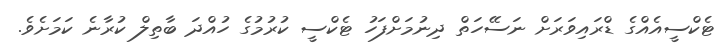
ޓެކްސީއެއްގެ ޑްރައިވަރަށް ނަސޭހަތް ދިނުމަށްފަހު ޓެކްސީ ކުރުމުގެ ހުއްދަ ބާތިލް ކުރާނެ ކަމަށެވެ.